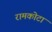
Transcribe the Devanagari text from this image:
रामकोटा